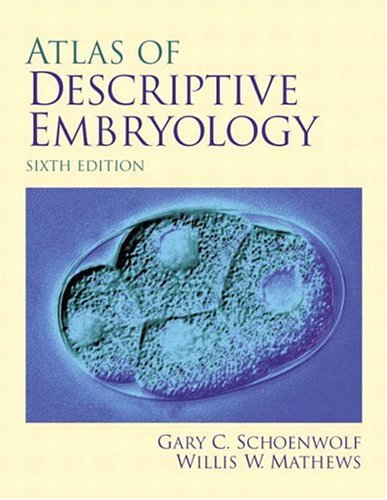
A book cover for Atlas of Descriptive Embryology (6th Edition); Gary C. Schoenwolf; Medical Books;